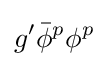
g'{\bar {\phi }}^{p}\phi ^{p}